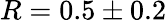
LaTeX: R=0.5\pm 0.2